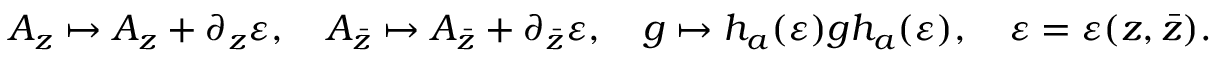
A _ { z } \mapsto A _ { z } + \partial _ { z } \varepsilon , ~ ~ ~ A _ { \bar { z } } \mapsto A _ { \bar { z } } + \partial _ { \bar { z } } \varepsilon , ~ ~ ~ g \mapsto h _ { a } ( \varepsilon ) g h _ { a } ( \varepsilon ) , ~ ~ ~ \varepsilon = \varepsilon ( z , \bar { z } ) .